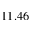
1 1 . 4 6